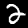
Label: 2